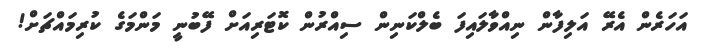
އަހަރެން އެރޭ އަލިފާން ނިއްވާލައިފަ ބެލްކަނިން ސިއްރުން ކޮޓަރިއަށް ފޭބުނީ މަންމަގެ ކުރިމައްޗަށް!